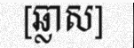
[ឆ្លាស]